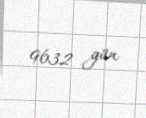
9632 gün